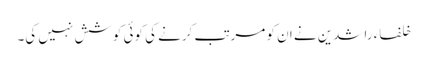
خلفاء راشدین نے ان کو مرتب کرنے کی کوئی کوشش نہیں کی۔